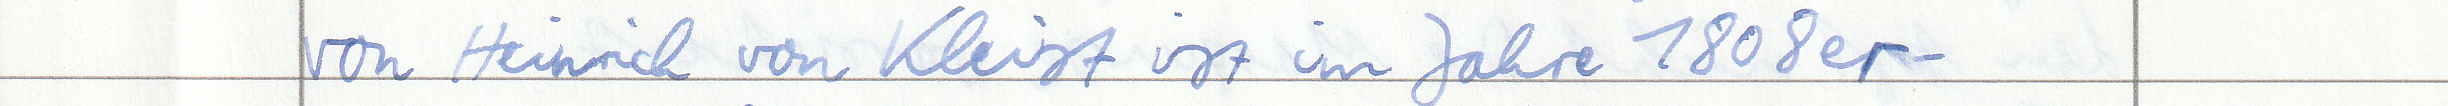
von Heinrich von Kleist ist im Jahre 1808 er -